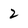
Character: 2